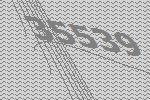
35539